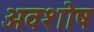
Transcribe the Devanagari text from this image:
अवशोष